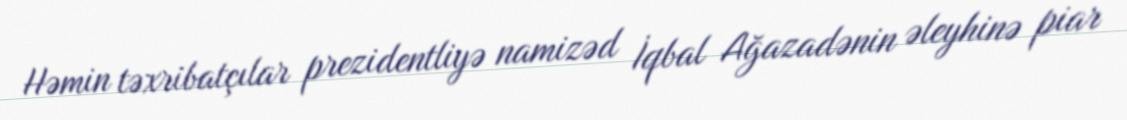
Həmin təxribatçılar prezidentliyə namizəd İqbal Ağazadənin əleyhinə piar